Language: tamil
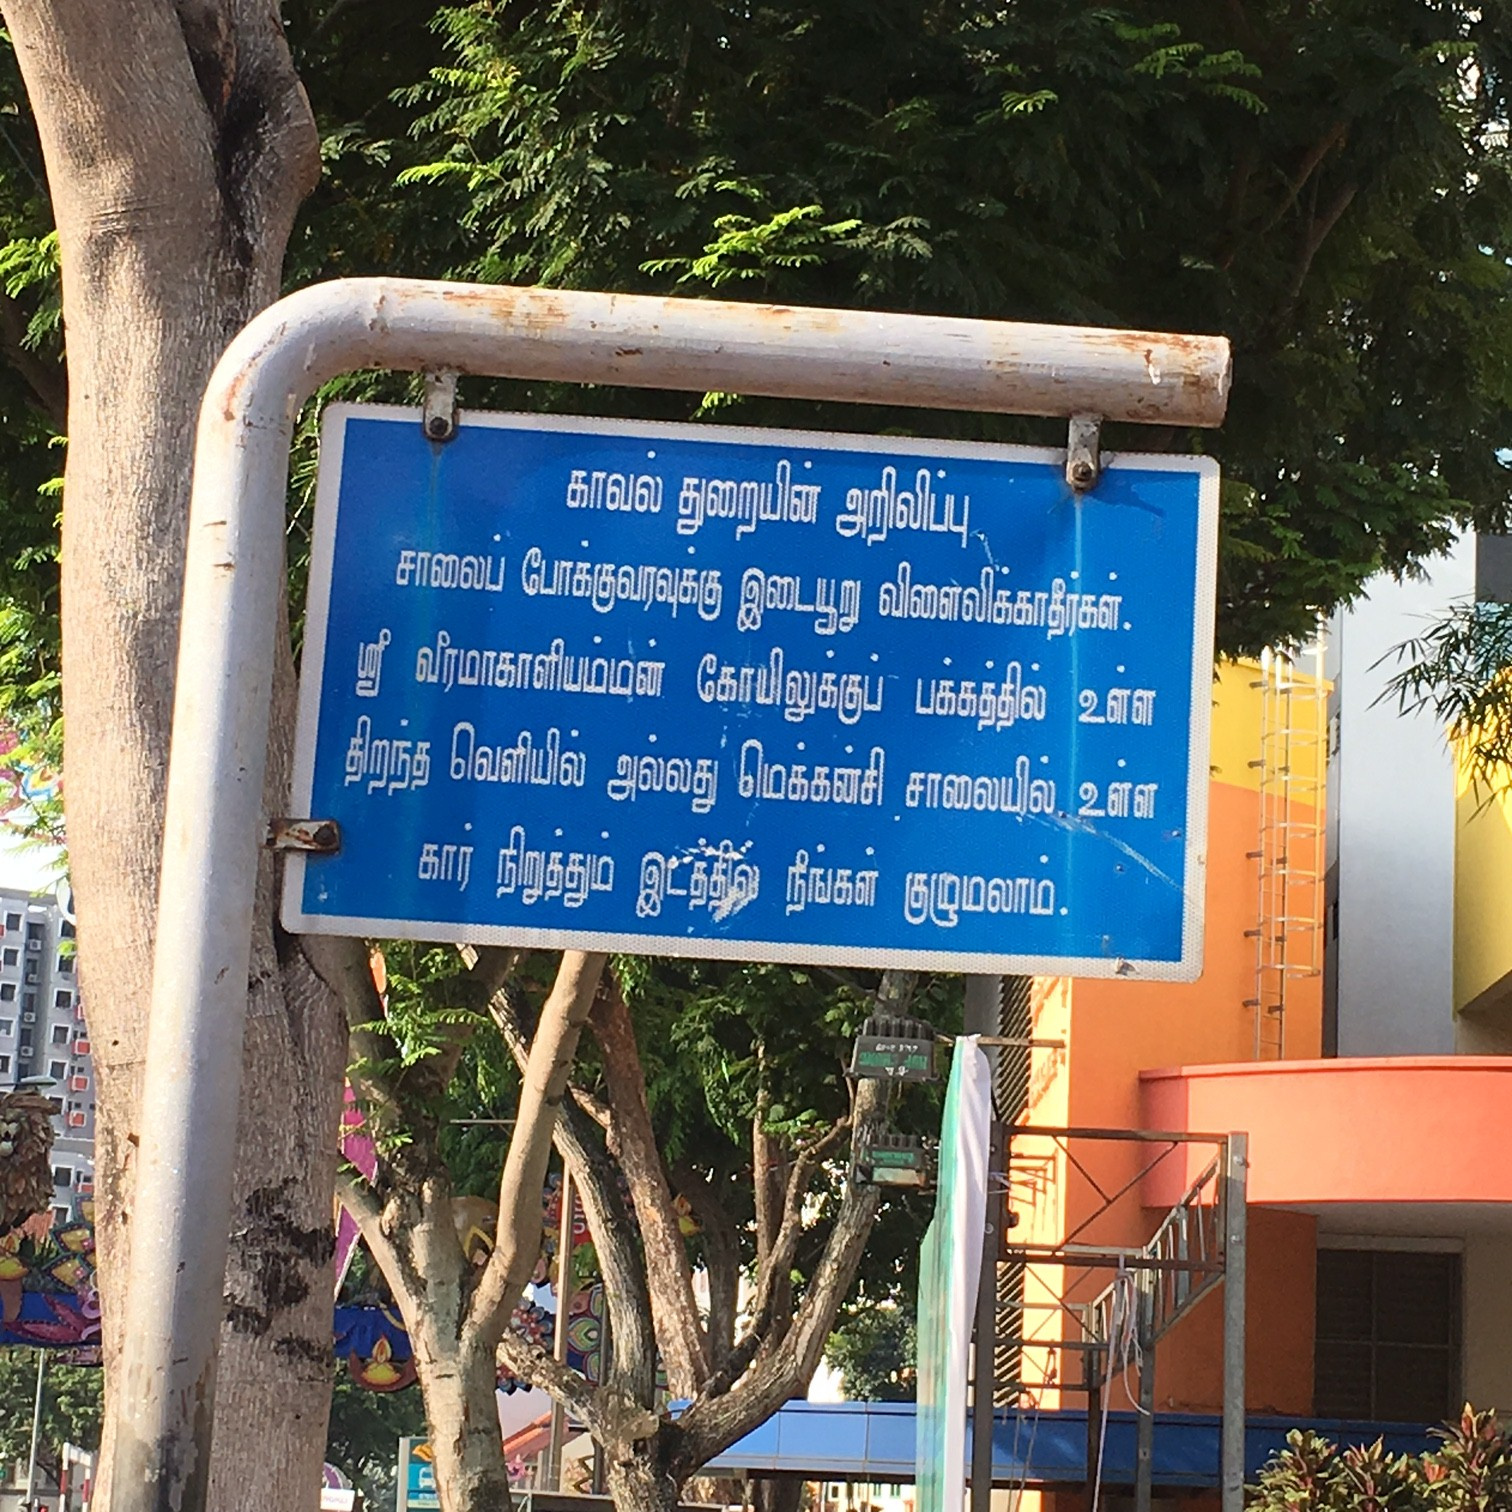
Transcription: குமுமலாம் காவல் துறையின் அறிவிப்பு சாலைப் இடையூறு விளைவிக்காதீர்கள் வீரமாகாளியம்மன் கோயிலுக்குப் பக்கத்தில் உள்ள அல்லது சாலையில் உள்ள நிறுத்தும் போக்குலரவுக்கு இட்த்தில் நீங்கள் திறந்த கார் மெக்கன்சி வெளியில்